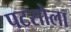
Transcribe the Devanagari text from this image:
पटसोला